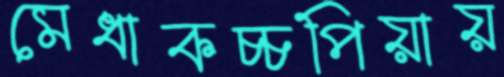
মেধাকচ্চপিয়ায়